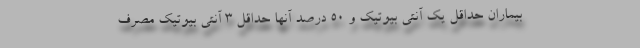
بیماران حداقل یک آنتی بیوتیک و ۵۰ درصد آنها حداقل ۳ آنتی بیوتیک مصرف